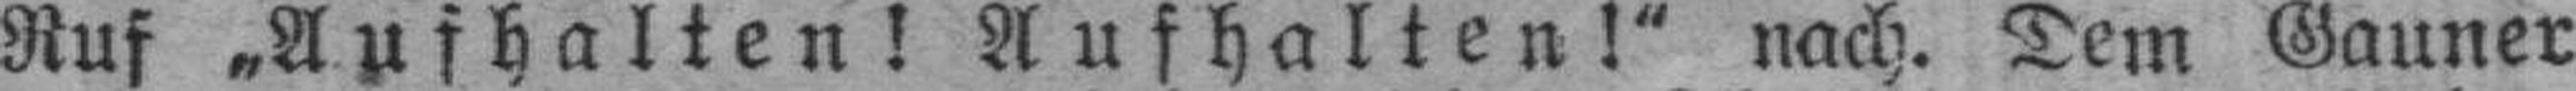
Ruf „Aufhalten! Aufhalten!" nach. Dem Gauner